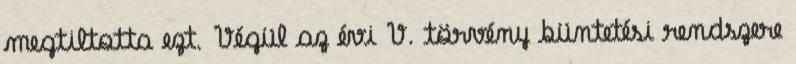
megtiltotta ezt. Végül az évi V. törvény büntetési rendszere